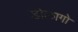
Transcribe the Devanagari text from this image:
डोलागो